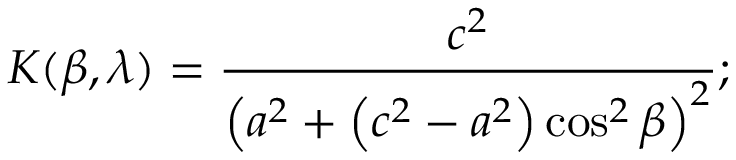
K ( \beta , \lambda ) = { \frac { c ^ { 2 } } { \left( a ^ { 2 } + \left( c ^ { 2 } - a ^ { 2 } \right) \cos ^ { 2 } \beta \right) ^ { 2 } } } ; \,